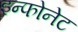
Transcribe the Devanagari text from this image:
इन्फोनेट